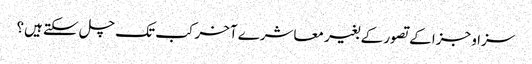
سزا و جزا کے تصور کے بغیر معاشرے آخر کب تک چل سکتے ہیں؟